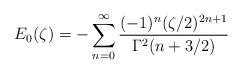
LaTeX: \begin{align*}E_{0}(\zeta)=-\sum_{n=0}^{\infty}\frac{(-1)^{n}(\zeta/2)^{2n+1}}{\Gamma^{2}(n+3/2)}\end{align*}